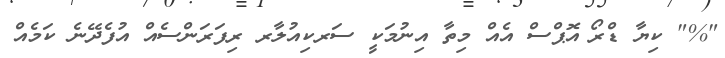
"%" ކިޔާ ޑްރޯ_އޮޕްސް އެއް މިތާ އިނުމަކީ ސަރކިއުލާރ ރިފަރަންސެއް އުފެދޭނެ ކަމެއް